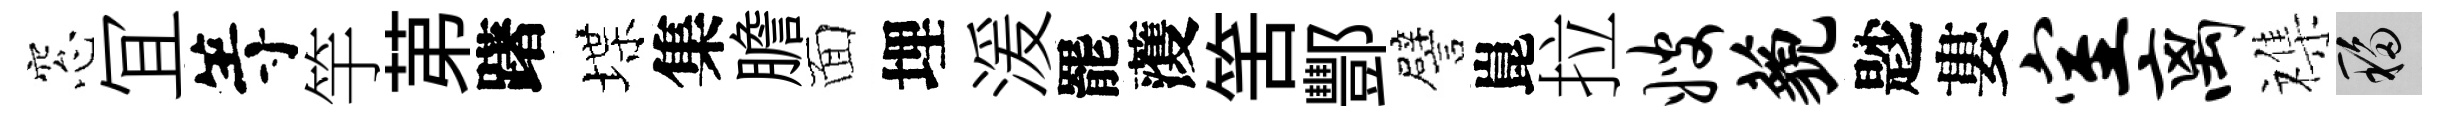
窓冝等竽苐躇堞集膽面埋湲罷𮑮筈酆譬崑拉嫂藐尟婁室离襍移